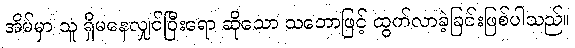
အိမ်မှာ သူ ရှိမနေလျှင်ပြီးရော ဆိုသော သဘောဖြင့် ထွက်လာခဲ့ခြင်းဖြစ်ပါသည်။